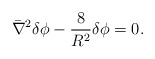
\begin{align*}\bar \nabla^2 \delta \phi - {8 \over R^2} \delta \phi =0.\end{align*}